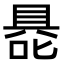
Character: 𭉦